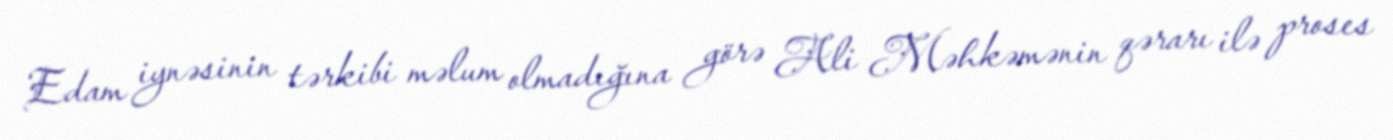
Edam iynəsinin tərkibi məlum olmadığına görə Ali Məhkəmənin qərarı ilə proses